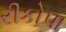
રીકોપા